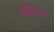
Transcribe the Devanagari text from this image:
योनिन